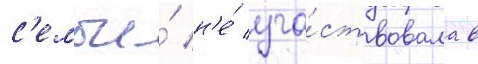
с'емьи́ н'е́ уча́ствовала в